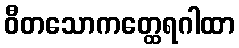
ဝီတသောကတ္ထေရဂါထာ